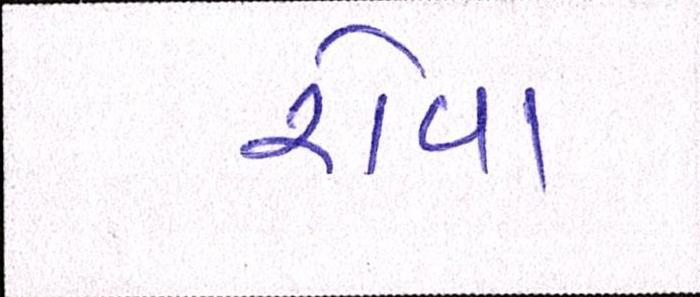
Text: રોવા